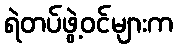
ရဲတပ်ဖွဲ့ဝင်များက